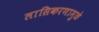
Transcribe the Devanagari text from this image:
लासिकरणामुळे